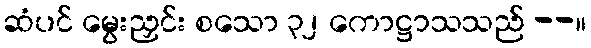
ဆံပင် မွေးညှင်း စသော ၃၂ ကောဋ္ဌာသသည် --။